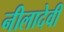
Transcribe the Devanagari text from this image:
नीलादेवी